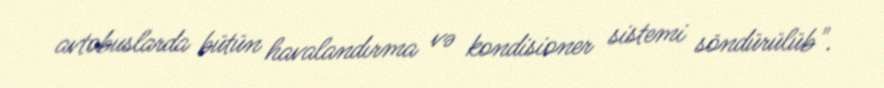
avtobuslarda bütün havalandırma və kondisioner sistemi söndürülüb".